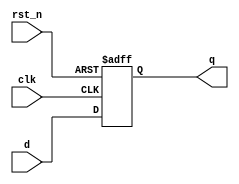
`timescale 1ns / 1ps
//////////////////////////////////////////////////////////////////////////////////
// Company: 
// Engineer: 
// 
// Design Name: 
// Module Name: dff
// Project Name: 
// Target Devices: 
// Tool Versions: 
// Description: 
// 
// Dependencies: 
// 
// Revision:
// Revision 0.01 - File Created
// Additional Comments:
// 
//////////////////////////////////////////////////////////////////////////////////


module dff(
    input wire rst_n,
    input wire clk,
    input wire d,
    
    output reg q
    );
    
    always@(posedge clk or negedge rst_n) begin // DFF with asynchronous reset (positive) 
        if(!rst_n) begin 
            q <= 1'b0 ;
        end else begin 
            q <= d ;
        end 
    
    
    end 
endmodule